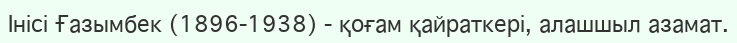
Інісі Ғазымбек (1896-1938) - қоғам қайраткері, алашшыл азамат.